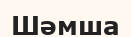
Шәмша